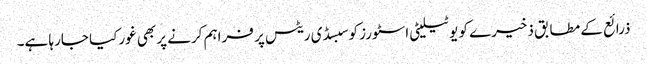
ذرائع کے مطابق ذخیرے کو یوٹیلیٹی اسٹورز کوسبسڈی ریٹس پر فراہم کرنے پر بھی غورکیا جارہا ہے۔